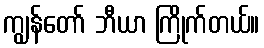
ကျွန်တော် ဘီယာ ကြိုက်တယ်။